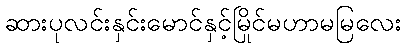
ဆားပုလင်းနှင်းမောင်နှင့်မြိုင်မဟာမမြလေး